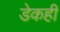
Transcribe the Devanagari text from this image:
डेकही